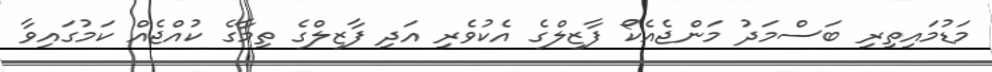
މަޑުމައިތިރި ބަސްމަދު މަންޖެއެކޯ ފާޒިލްގެ އެކުވެރި އަދި ފާޒިލްގެ ތިމާގެ ކުއްޖެއް ކަމުގައިވާ